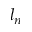
l _ { n }